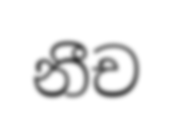
නීච